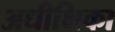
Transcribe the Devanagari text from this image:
अधीक्षिका